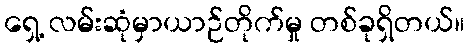
ရှေ့ လမ်းဆုံမှာယာဉ်တိုက်မှု တစ်ခုရှိတယ်။